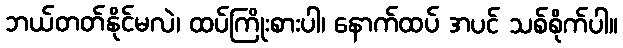
ဘယ်တတ်နိုင်မလဲ၊ ထပ်ကြိုးစားပါ၊ နောက်ထပ် အပင် သစ်စိုက်ပါ။